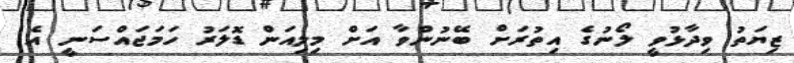
ޒިޔަތު ވިދާޅުވީ ލޯނުގެ އިތުރަށް ބޭނުންވާ އަށް މިލިއަން ޑޮލަރު ހަމަޖައްސަނީ އެ